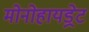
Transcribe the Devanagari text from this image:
मोनोहायड्रेट